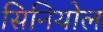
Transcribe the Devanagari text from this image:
सिनियोल